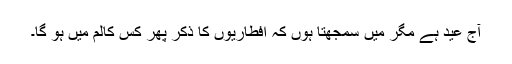
آج عید ہے مگر میں سمجھتا ہوں کہ افطاریوں کا ذکر پھر کس کالم میں ہو گا۔